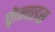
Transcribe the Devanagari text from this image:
फ़्रेन्चाइस